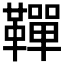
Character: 𩍍